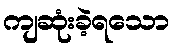
ကျဆုံးခဲ့ရသော